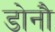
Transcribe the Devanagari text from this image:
डोनौ